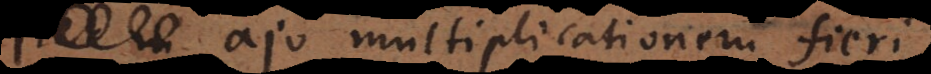
in ajo multiplicationem fieri